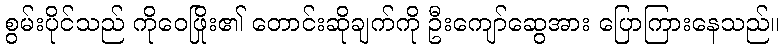
စွမ်းပိုင်သည် ကိုဝေဖြိုး၏ တောင်းဆိုချက်ကို ဦးကျော်ဆွေအား ပြောကြားနေသည်။